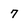
Character: 7